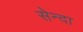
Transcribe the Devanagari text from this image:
सेन्दा